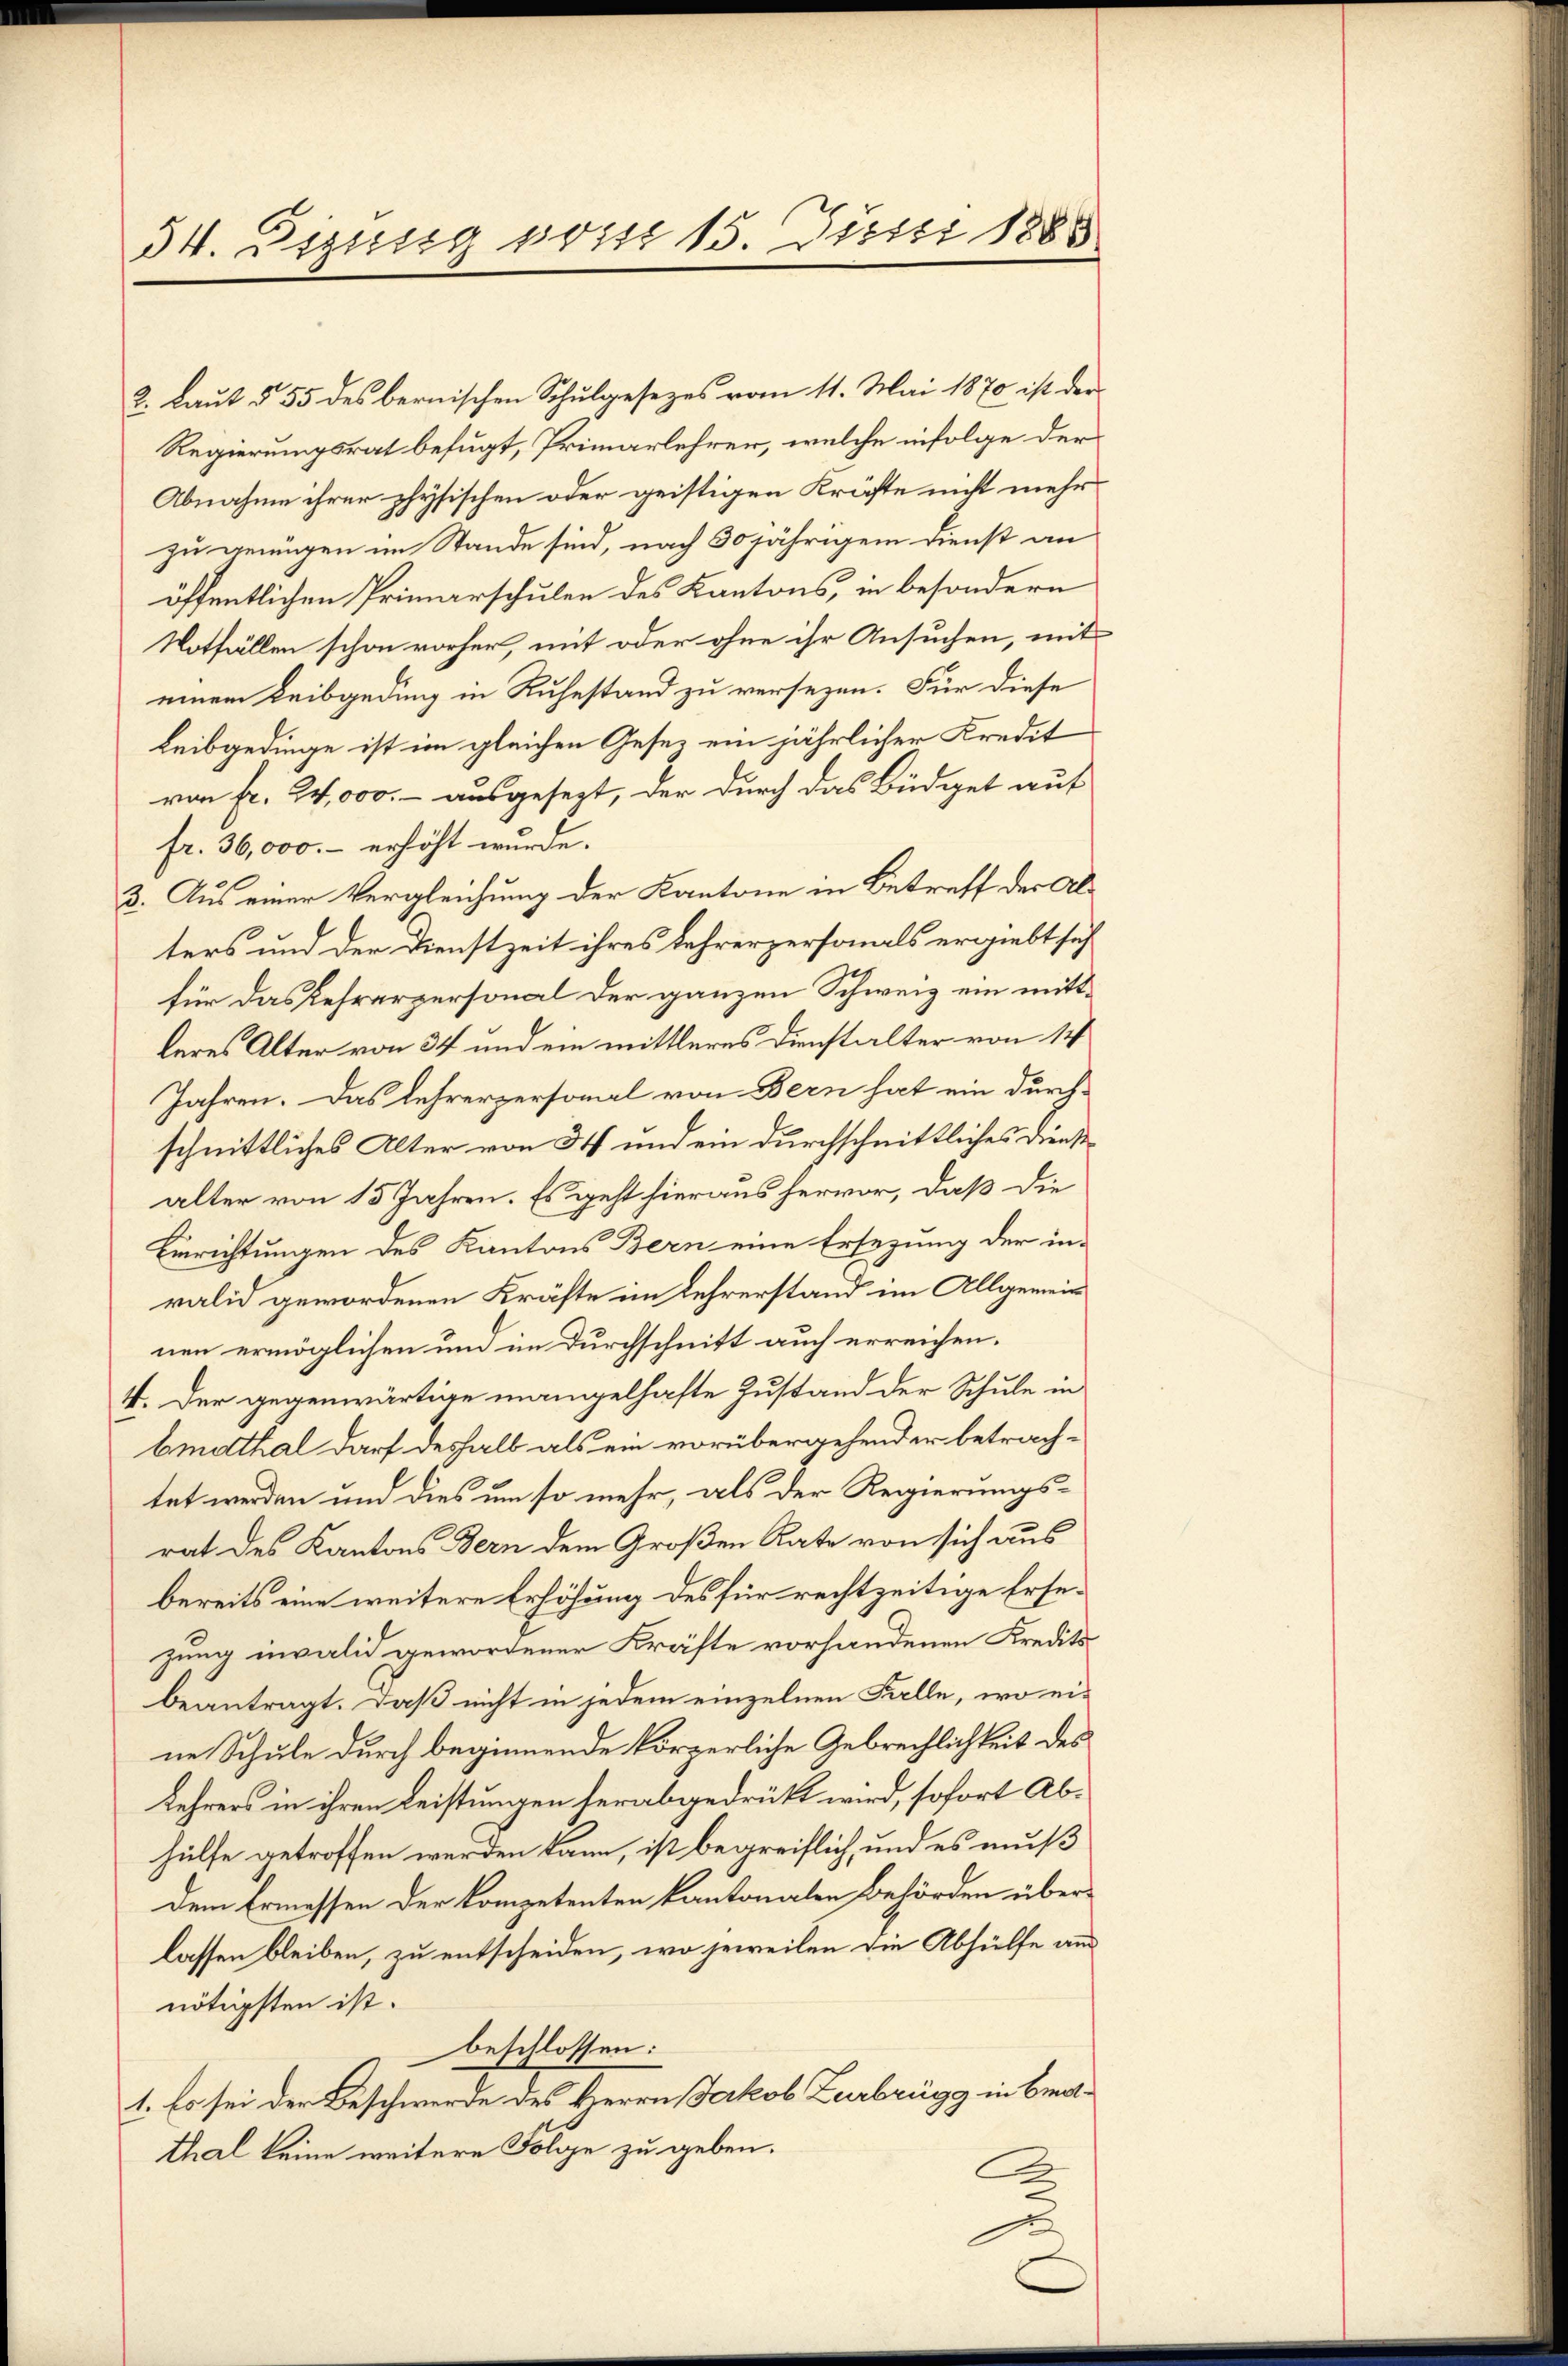
54. Sizung vom 15. Juni 1885

2. Laut § 55 des bernischen Schulgesezes vom 11. Mai 1870 ist der
Regierungsrat befugt, Primarlehrer, welche infolge der
Abnahme ihrer physischen oder geistigen Kräfte nicht mehr
zu genügen im Stande sind, nach 30 jährigem Dienst an
öffentlichen Primarschulen des Kantons, in besondern
Notfällen schon vorher, mit oder ohne ihr Ansuchen, mit
einem Leibgeding in Ruhestand zu versezen. Für diese
Leibgedinge ist im gleichen Geset ein jährlicher Kredit
von Fr. 24,000.- ausgesezt, der durch das Büdiget auf
fr. 36,000.- erhöht wurde.
3. Aus einer Vergleichung der Kantone in Betreff der Alters und der Dienstzeit ihres Lehrerpersonals ergiebt sich
für das Lehrerpersonal der ganzen Schweiz ein mittleres Alter von 34 und ein mittleres Dienstalter von 14
Jahren. Das Lehrerpersonal von Bern hat ein durch-
schnittliches Alter von 54 und ein durchschnittliches Dienstalter von 15 Jahren. Es geht hieraus hervor, daß die
Einrichtungen des Kantons Bern eine Ersezung der inralis gewordenen Kräfte im Lehrerstand im Allgemeinnen ermöglichen und im Durchschnitt auch erreichen.
4. Der gegenwärtige mangelhafte Zustand der Schule in
bmdthal darf deshalb als ein vorübergehender betrachtet werden und dies um so mehr, als der Regierungsrat des Kantons Bern dem Großen Rate von sich aus
bereits eine weitere Erhöhung des für rechtzeitige Ersezung invalid gewordener Kräfte vorhandenen Kredits
beantragt. Daß nicht in jedem einzelnen Falle, wo eine Schule durch beginnende körperliche Gebrechlichkeit des
Lehrers in ihren Leistungen herabgedrückt wird, sofort Abhülfe getroffen werden kann, ist begreiflich, und es muß
dem Ermessen der kompetenten kantonalen Behörden überlassen bleiben, zu entscheiden, wo jeweilen die Abhülfe am
nötigsten ist.
beschlossen:
1. Es sei der Beschwerde des Herrn Jakob Zurbrügg in Bratthal keine weitere Folge zu geben.